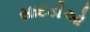
સાદડીઓ